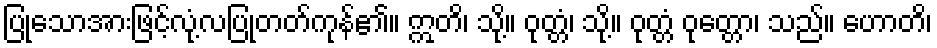
ပြုသောအားဖြင့်လုံ့လပြုတတ်ကုန်၏။ ဣတိ၊ သို့။ ဝုတ္တံ၊ သို့။ ဝုတ္တံ ဝုတ္တော၊ သည်။ ဟောတိ၊